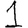
Digit: 1